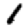
Digit: 1